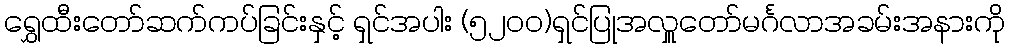
ရွှေထီးတော်ဆက်ကပ်ခြင်းနှင့် ရှင်အပါး (၅၂၀၀)ရှင်ပြုအလှူတော်မင်္ဂလာအခမ်းအနားကို